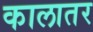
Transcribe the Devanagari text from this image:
कालातर